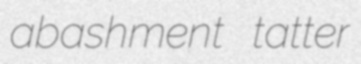
abashment tatter